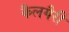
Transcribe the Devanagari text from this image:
कैलगैरी